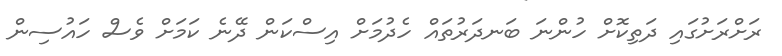
ރަށްރަށުގައި ދަތިކޮށް ހުންނަ ބަނދަރުތައް ހެދުމަށް އިސްކަން ދޭނެ ކަމަށް ވެސް ހައުސިން